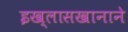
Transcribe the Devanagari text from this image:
इख्लासखानाने